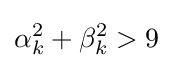
\alpha _{k}^{2}+\beta _{k}^{2}>9